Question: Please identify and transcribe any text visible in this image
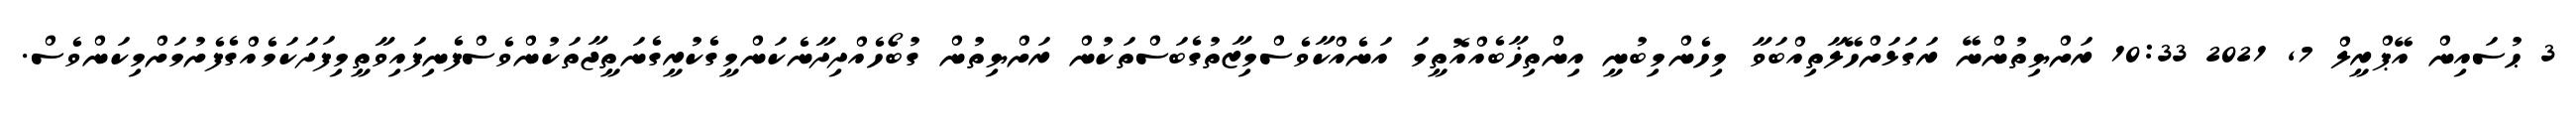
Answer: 3 ޙުސައިން އޭޕްރީލް 7, 2021 10:33 ރަށްޔިތުންނޭ ރަގަޅަށްހޭލާތިއްބަވާ މިހެންމިބުނީ އިންތިޚާބެއްއޮތީމަ އަނެއްކާވެސްމިޒާތުގެބަސްތަކުން ރަށްޔިތުން ގުބޯހެއްދިދާނެކަންމީގެކުރީގެނަތީޖާތަކުންވެސްފެނިފައިވާތީމިފަދަކަމެއްގެފެށުމަށްމިކަންވެސް.